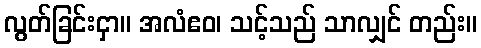
လွတ်ခြင်းငှာ။ အလံဧဝ၊ သင့်သည် သာလျှင် တည်း။